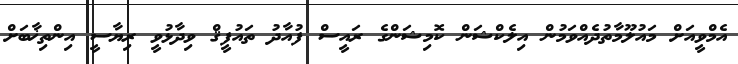
އެމްވީއަށް މައުލޫމާތުދެއްވަމުން އިލެކްޝަން ކޮމިޝަންގެ ރައީސް ފުއާދު ތައުފީޤް ވިދާޅުވީ ރިޔާސީ އިންތިޚާބަށް